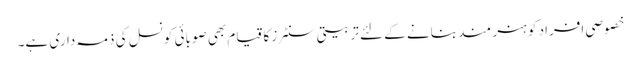
خصوصی افراد کو ہنر مند بنانے کے لئے تربیتی سنٹرز کا قیام بھی صوبائی کونسل کی ذمہ داری ہے۔